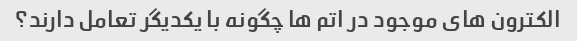
الکترون های موجود در اتم ها چگونه با یکدیگر تعامل دارند؟